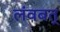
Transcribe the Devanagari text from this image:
लंवबत्‌